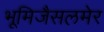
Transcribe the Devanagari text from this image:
भूमिजैसलमेर